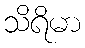
သိရိမာ